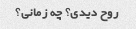
روح دیدی؟ چه زمانی؟